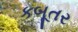
કબૂતર